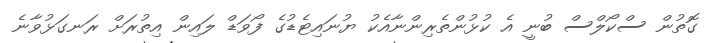
ގޮތުން ސްކޯލްސް ބުނީ އެ ކުޅުންތެރިންނާއެކު ޔުނައިޓެޑުގެ ފޯވަޑް ލައިން އިތުރަށް ރަނގަޅުވާނެ